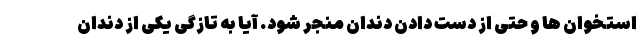
استخوان ها و حتی از دست دادن دندان منجر شود. آیا به تازگی یکی از دندان